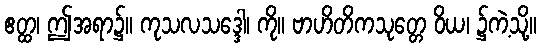
ဧတ္ထ၊ ဤအရာ၌။ ကုသလသဒ္ဒေါ၊ ကို။ ဗာဟိတိကသုတ္တေ ဝိယ၊ ၌ကဲ့သို့။